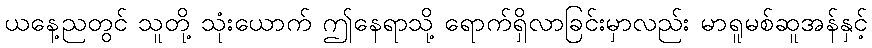
ယနေ့ညတွင် သူတို့ သုံးယောက် ဤနေရာသို့ ရောက်ရှိလာခြင်းမှာလည်း မာရူမစ်ဆူအန်နှင့်